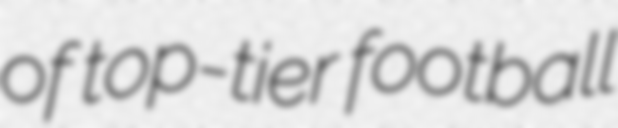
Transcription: of top-tier football